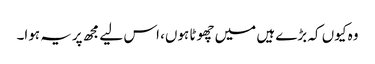
وہ کیوں کہ بڑے ہیں میں چھوٹا ہوں، اس لیے مجھ پریہ ہوا۔